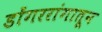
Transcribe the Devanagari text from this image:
डोंगररांगातून